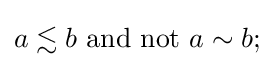
a\lesssim b{\text{ and not }}a\sim b;